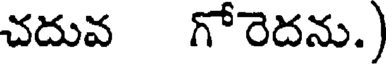
చదువ గోరెదను.)